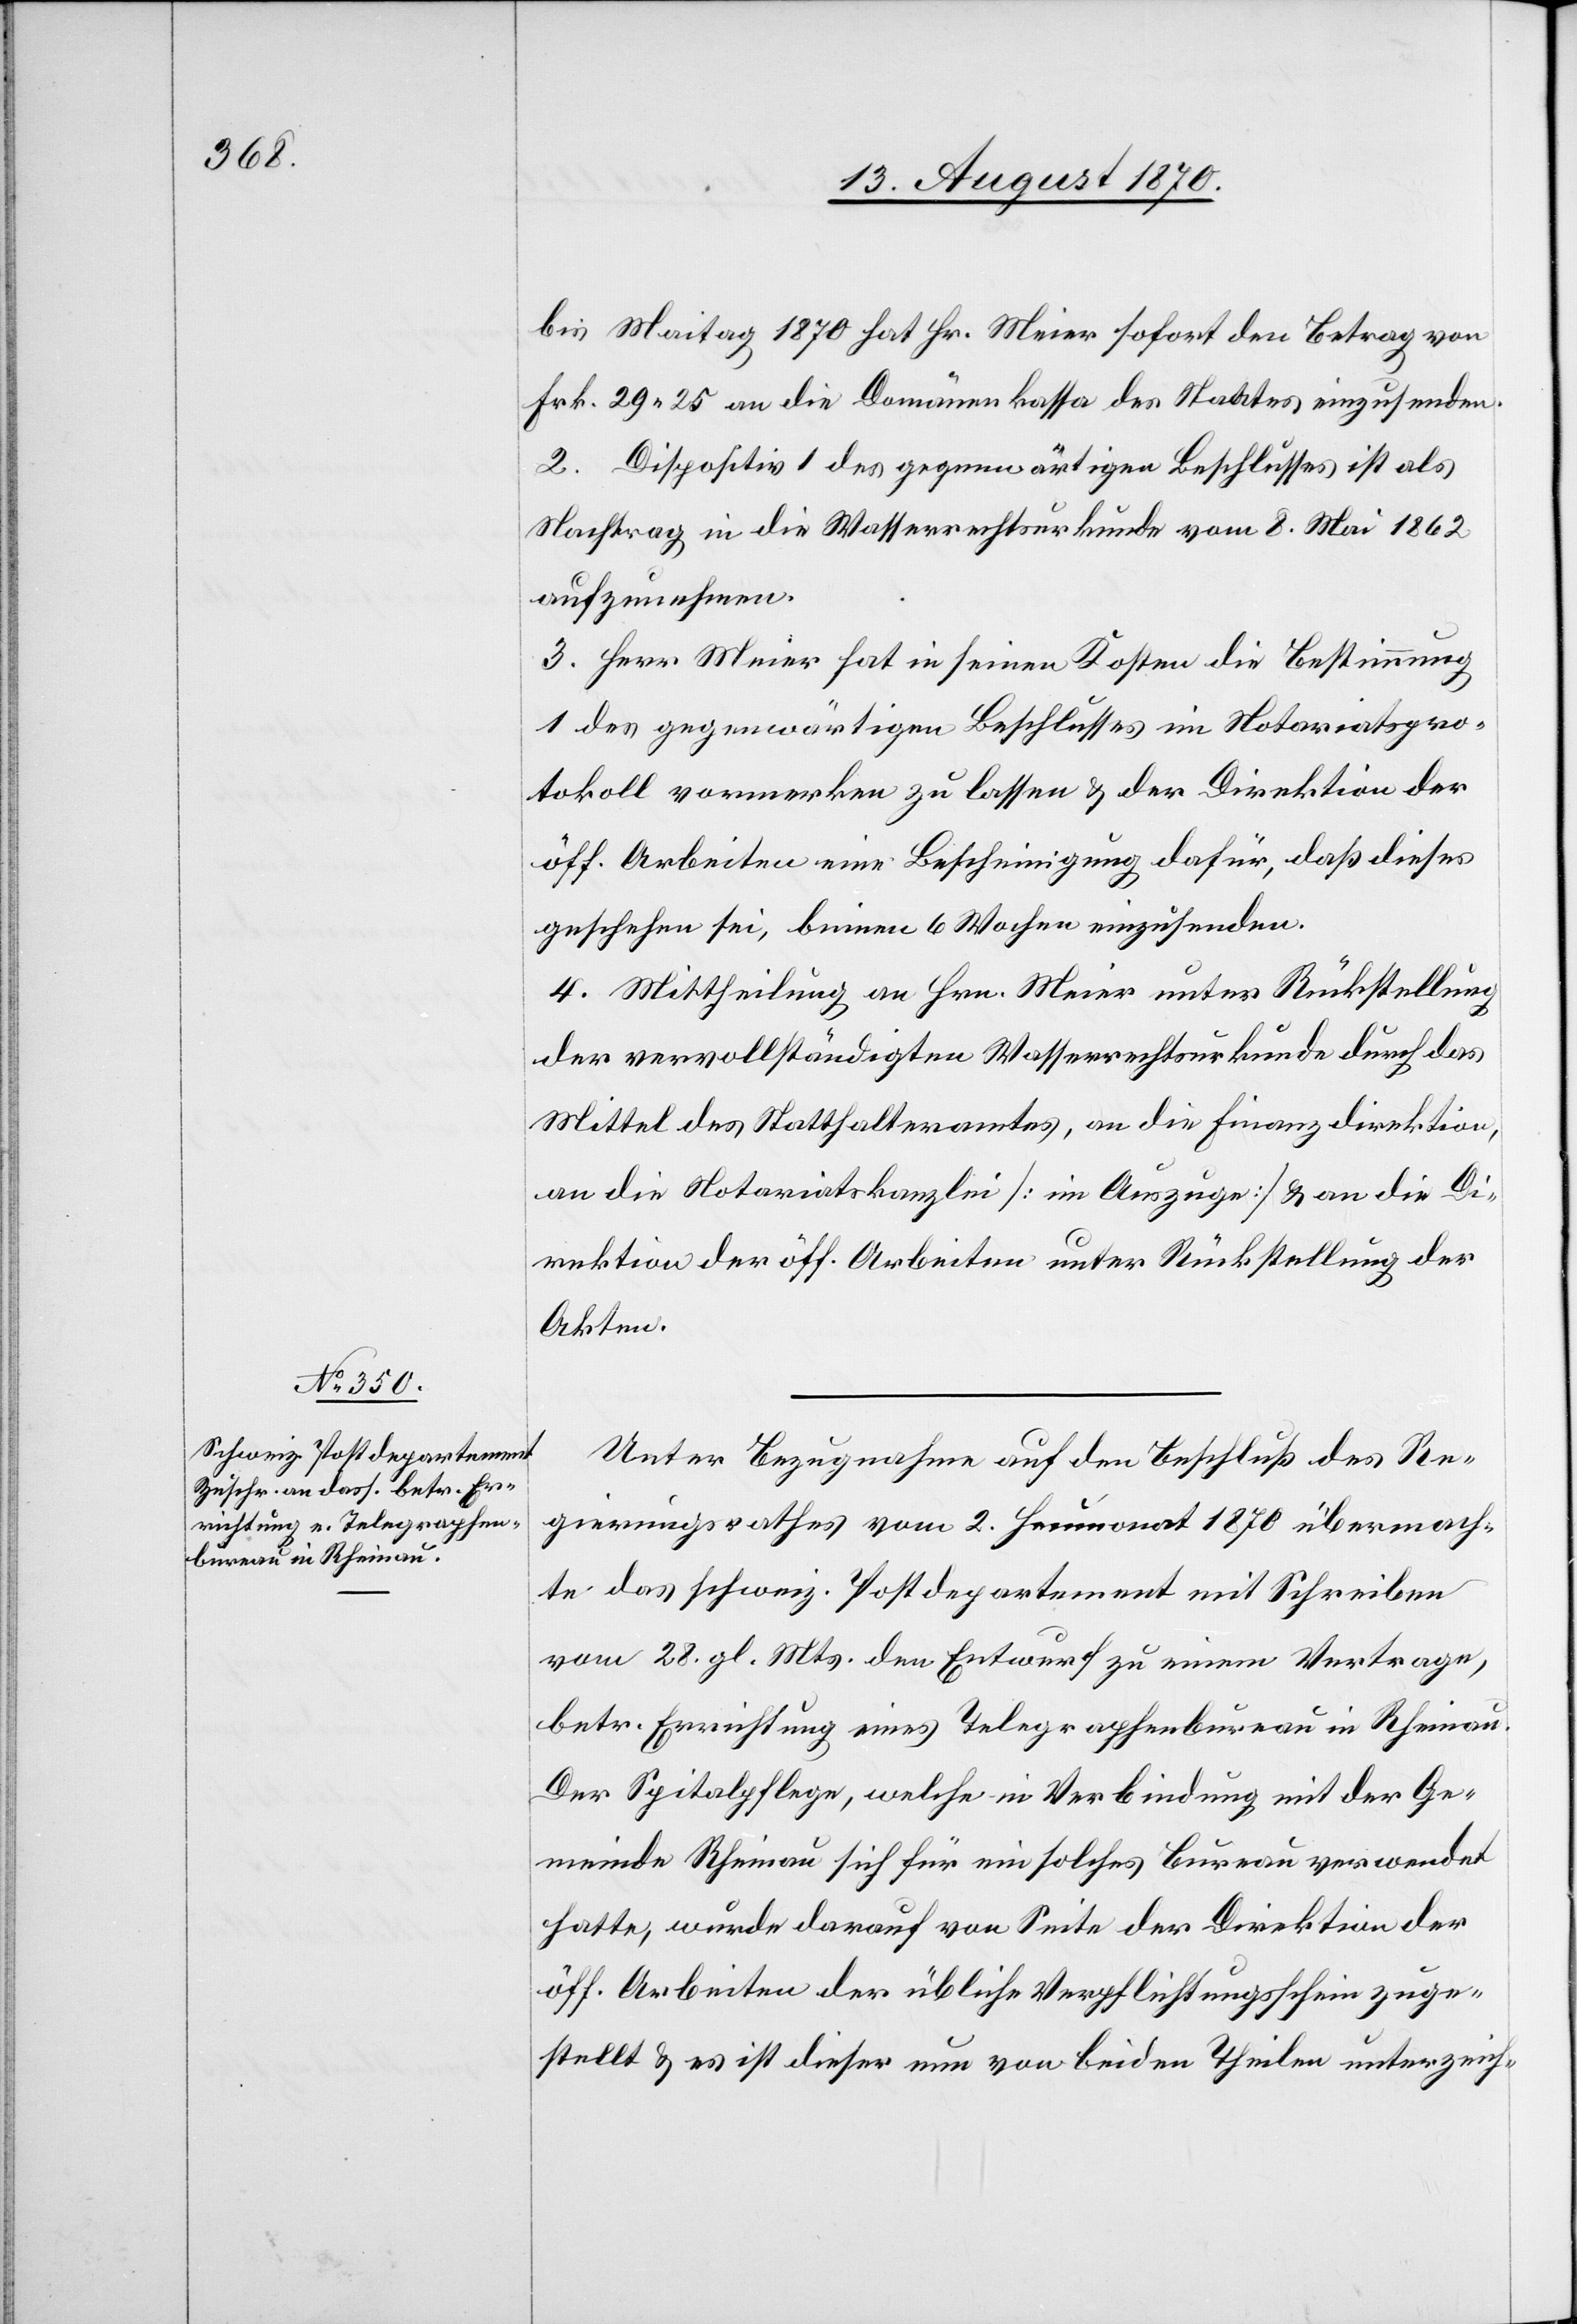
bis Maitag 1870 hat Hr. Meier sofort den Betrag von
Fr. 29.25 an die Domänenkassa des Staates einzusenden.
2. Dispositiv 1 des gegenwärtigen Beschlusses ist als
Nachtrag in die Wasserrechtsurkunde vom 8. Mai 1862
aufzunehmen.
3. Herr Meier hat in seinen Kosten die Bestimmung
1 des gegenwärtigen Beschlusses im Notariatspro¬
tokoll vormerken zu lassen & der Direktion der
öff. Arbeiten eine Bescheinigung dafür, daß dieses
geschehen sei, binnen 6 Wochen einzusenden.
4. Mittheilung an Hrn. Meier unter Rückstellung
der vervollständigten Wasserrechtsurkunde durch das
Mittel des Statthalteramtes, an die Finanzdirektion,
an die Notariatskanzlei [im Auszuge] & an die Di¬
rektion der öff. Arbeiten unter Rückstellung der
Akten.
Unter Bezugnahme auf den Beschluß des Re¬
gierungsrathes vom 2. Heumonat 1870 übermach¬
te das schweiz. Postdepartement mit Schreiben
vom 28. gl. Mts. den Entwurf zu einem Vertrage,
betr. Errichtung eines Telegraphenbureau in Rheinau.
Der Spitalpflege, welche in Verbindung mit der Ge¬
meinde Rheinau sich für ein solches Bureau verwendet
hatte, wurde darauf von Seite der Direktion der
öff. Arbeiten der übliche Verpflichtungsschein zuge¬
stellt & es ist dieser nun von beiden Theilen unterzeich-